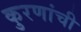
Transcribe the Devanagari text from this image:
कुरणांची